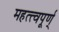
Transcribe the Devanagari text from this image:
महत्त्वपूर्ण्